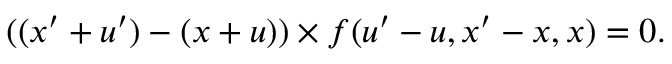
\displaystyle ( ( x ^ { \prime } + u ^ { \prime } ) - ( x + u ) ) \times f ( u ^ { \prime } - u , x ^ { \prime } - x , x ) = 0 .